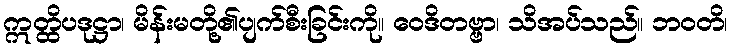
ဣတ္ထိပဒုဋ္ဌာ၊ မိန်းမတို့၏ပျက်စီးခြင်းကို။ ဝေဒိတဗ္ဗာ၊ သိအပ်သည်။ ဘဝတိ၊